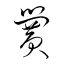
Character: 黌